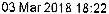
03 MAR 2018 18:22